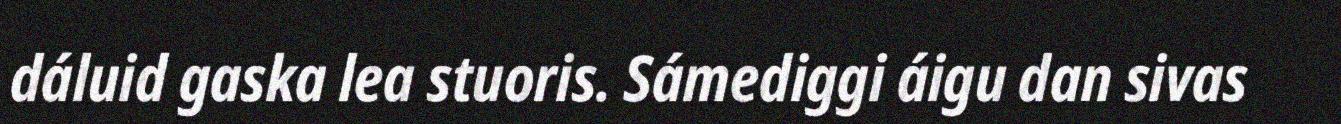
dáluid gaska lea stuoris. Sámediggi áigu dan sivas